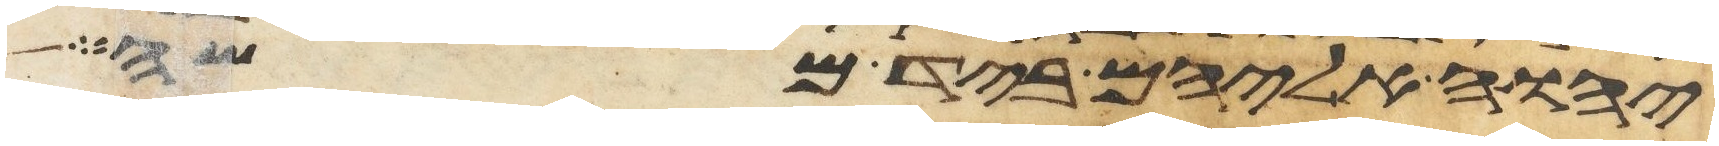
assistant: יהוה אליהם ביד משה